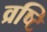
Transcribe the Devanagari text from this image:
व्रष्टि